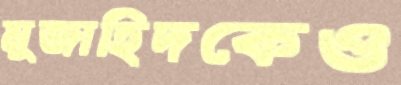
মুজাহিদকেও